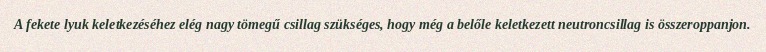
A fekete lyuk keletkezéséhez elég nagy tömegű csillag szükséges, hogy még a belőle keletkezett neutroncsillag is összeroppanjon.